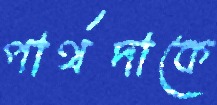
পার্থদাকে